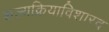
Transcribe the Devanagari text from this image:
शल्यक्रियाविशारद